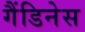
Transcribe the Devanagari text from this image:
गैंडिनेस